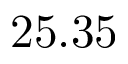
2 5 . 3 5